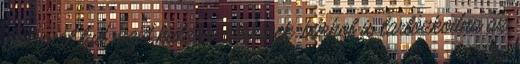
Energiát tud majd küldeni bárkinek, bárhol is tartózkodna az